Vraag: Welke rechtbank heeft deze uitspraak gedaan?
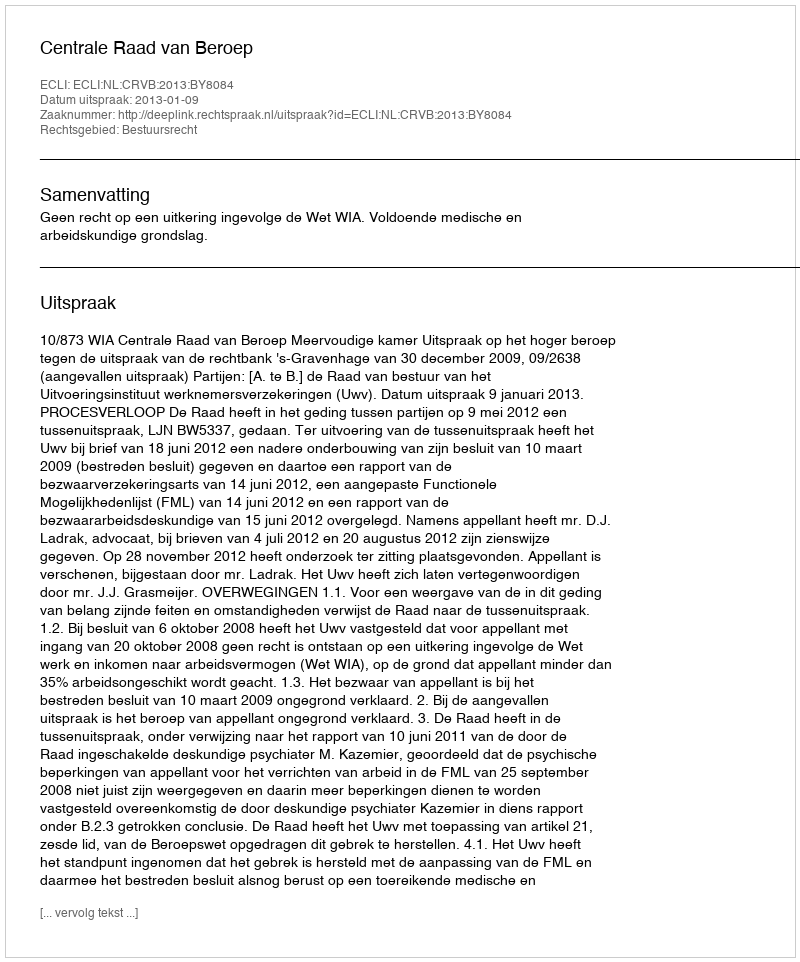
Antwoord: Centrale Raad van Beroep